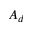
A _ { d }